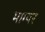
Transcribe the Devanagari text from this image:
माग्यर